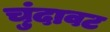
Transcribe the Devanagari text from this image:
चुंदावट